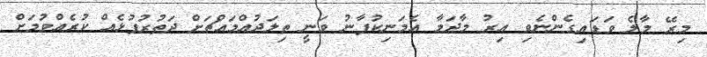
މިރޭ މާލެ ވަޑައިގެންނެވި އިރު މާދަމާ އެމަނިކުފާނު ވަނީ ތިލަދުއްމައްޗަށް ދަތުރުފުޅެއް ކުރެއްވުމަށް